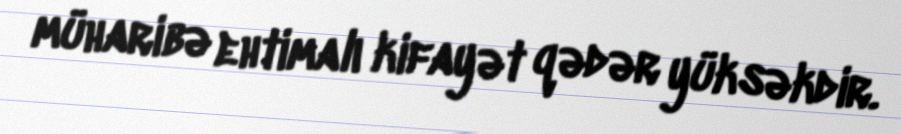
müharibə ehtimalı kifayət qədər yüksəkdir.